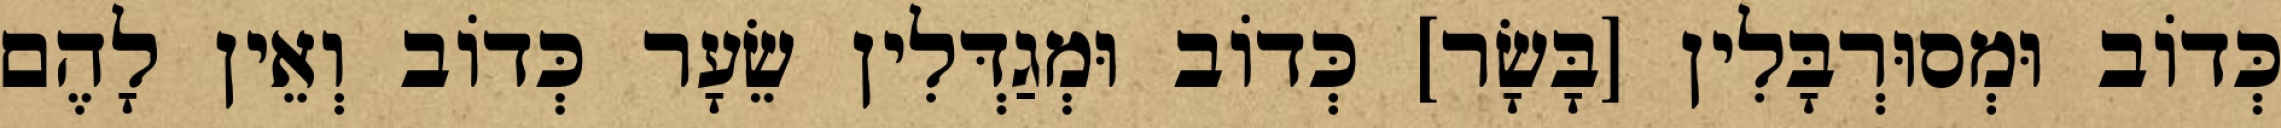
כְּדוֹב וּמְסוּרְבָּלִין [בָּשָׂר] כְּדוֹב וּמְגַדְּלִין שֵׂעָר כְּדוֹב וְאֵין לָהֶם